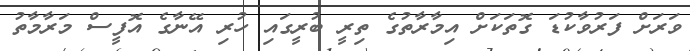
ވަރަށް ފަރުވާކުޑަ ގޮތަކަށް އިމާރާތުގެ ތިރީ ބުރީގައި ހުރި އޭނާގެ އޮފީސް މަރާމާތު